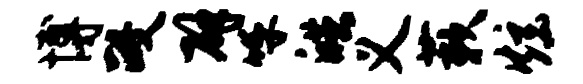
博政辟呼皓义蔌炫